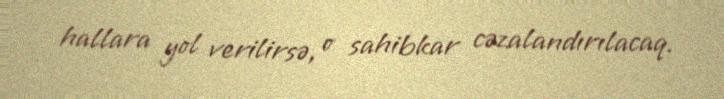
hallara yol verilirsə, o sahibkar cəzalandırılacaq.